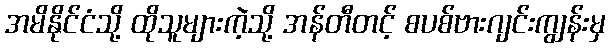
အမိနိုင်ငံသို့ ထိုသူများကဲ့သို့ အန်တီတင့် စပစ်ဗားဂျင်းကျွန်းမှ